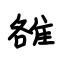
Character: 雒